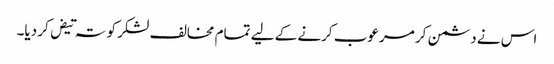
اس نے دشمن کر مرعوب کرنے کے لیے تمام مخالف لشکر کو تہ تیض کر دیا۔